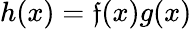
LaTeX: h(x)=\mathfrak{f}(x)g(x)